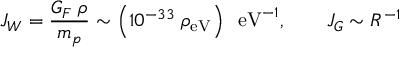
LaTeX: J _ { W } = { \frac { G _ { F } \; \rho } { m _ { p } } } \sim \left( 1 0 ^ { - 3 3 } \; \rho _ { \mathrm { e V } } \right) \; \; \mathrm { e V } ^ { - 1 } , \qquad J _ { G } \sim R ^ { - 1 }